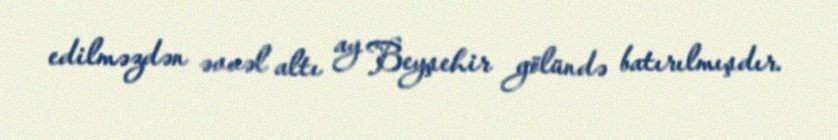
edilməzdən əvvəl altı ay Beyşehir gölündə batırılmışdır.